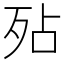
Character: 𭮆